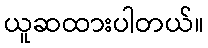
ယူဆထားပါတယ်။